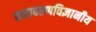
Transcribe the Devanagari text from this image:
वातावरणविज्ञानीय